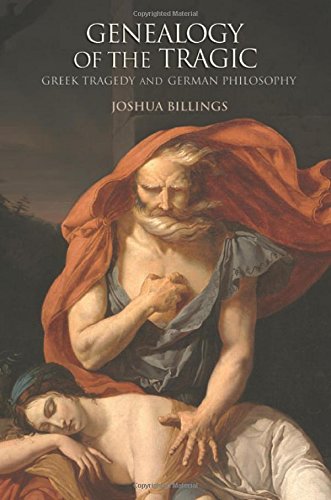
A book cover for Genealogy of the Tragic: Greek Tragedy and German Philosophy; Joshua Billings; Literature & Fiction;